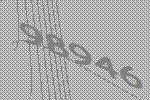
98946